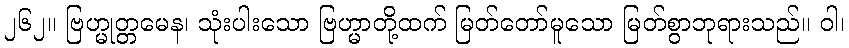
၂၆၂။ ဗြဟ္မုတ္တမေန၊ သုံးပါးသော ဗြဟ္မာတို့ထက် မြတ်တော်မူသော မြတ်စွာဘုရားသည်။ ဝါ၊